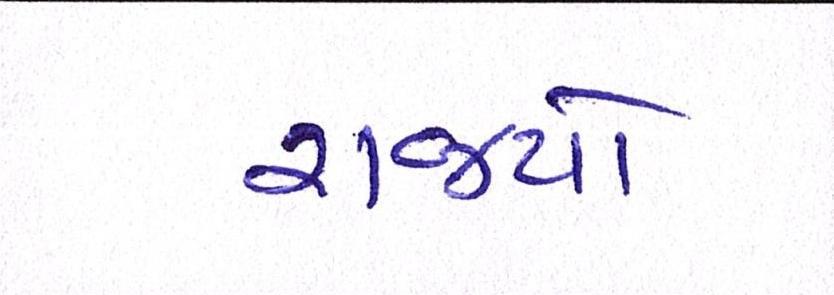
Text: રાજ્યો